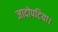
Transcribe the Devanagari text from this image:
जादोपटिया।